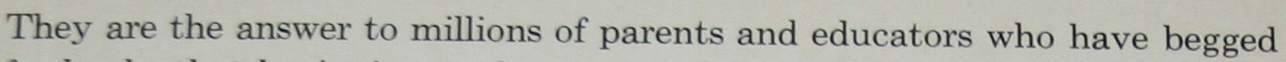
They are the answer to millions of parents and educators who have begged